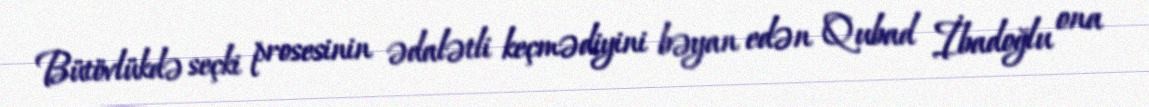
Bütövlükdə seçki prosesinin ədalətli keçmədiyini bəyan edən Qubad İbadoğlu ona